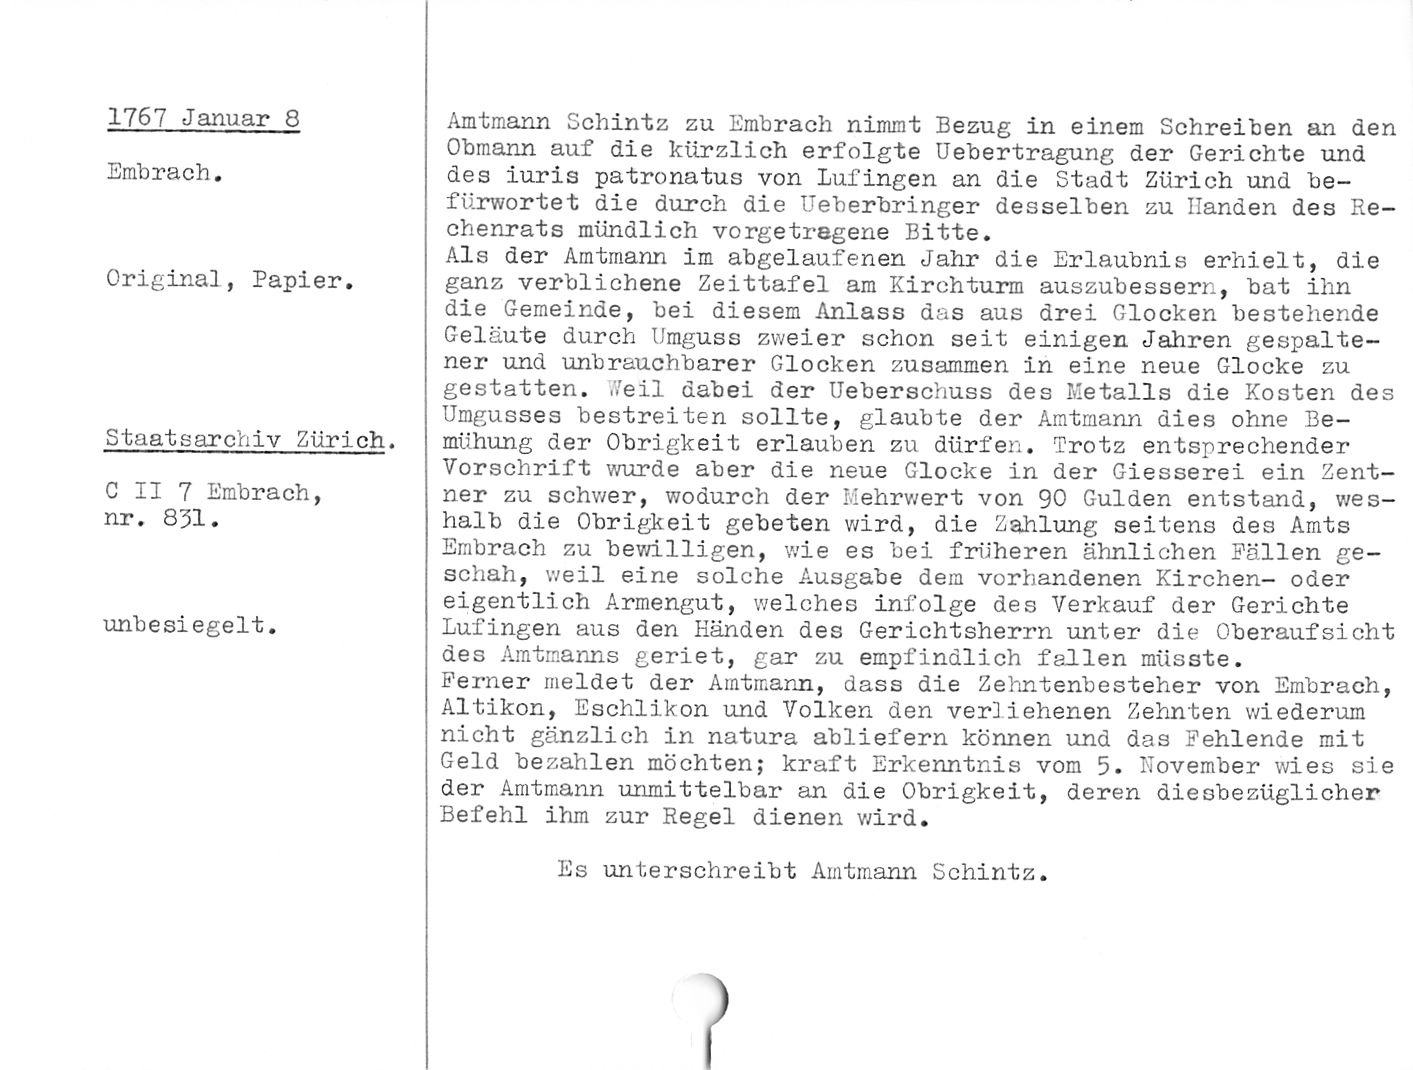
1767 Januar 8

Embrach.

Original, Papier.

Staatsarchiv Zürich.

C II 7 Embrach,
nr. 831.

unbesiegelt.

Amtmann Schintz zu Embrach nimmt Bezug in einem Schreiben an den
Obmann auf die kürzlich erfolgte Uebertragung der Gerichte und
des iuris patronatus von Lufingen an die Stadt Zürich und be¬
fürwortet die durch die Ueberbringer desselben zu Ilanaen des Re¬
chenrats mündlich vorgetragene Bitte.

Als der Amtmann im abgelaufenen Jahr die Erlaubnis erhielt, die
ganz verblichene Zeittafel am Kirchturm auszubessern, bat ihn
die Gemeinde, bei diesem Anlass das aus drei Glocken bestellende
Geläute durch Umguss zweier schon seit einigen Jahren gespalte¬
ner und unbrauchbarer Glocken zusammen in eine neue Glocke zu
gestatten. .Veil dabei der Ueberschuss des Metalls die Kosten des
Umgusses bestreiten sollte, glaubte der Amtmann dies ohne Be¬
mühung der Obrigkeit erlauben zu dürfen. Trotz entsprechender
Vorschrift wurde aber die neue Glocke in der Giesserei ein Zent¬
ner zu schwer, wodurch der Mehrwert von 90 Gulden entstand, wes¬
halb die Obrigkeit gebeten wird, die Zahlung seitens des Amts
Embrach zu bewilligen, wie es bei früheren ähnlichen Pallen ge¬
schah, weil eine solche Ausgabe dem vorhandenen Kirchen- oder
eigentlich Armengut, welches infolge des Verkauf der Gerichte
Lufingen aus den Händen des Gerichtsherrn unter die Oberaufsicht
des Amtmanns geriet, gar zu empfindlich fallen müsste.

Ferner meldet der Amtmann, dass die Zehntenbesteher von Embrach,
Altikon, Eschlikon und Volken den verliehenen Zehnten wiederum
nicht gänzlich in natura abliefern können und das Fehlende mit
Geld bezahlen möchten; kraft Erkenntnis vom 5. iTovember wies sie
der Amtmann unmittelbar an die Obrigkeit, deren diesbezüglicher
Befehl ihm zur Regel dienen wird.

Es unterschreibt Amtmann Schintz.